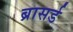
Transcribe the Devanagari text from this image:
ब्रासर्ड